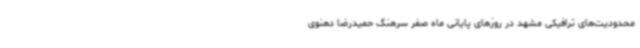
محدودیت‌های ترافیکی مشهد در روزهای پایانی ماه صفر سرهنگ حمیدرضا دهنوی